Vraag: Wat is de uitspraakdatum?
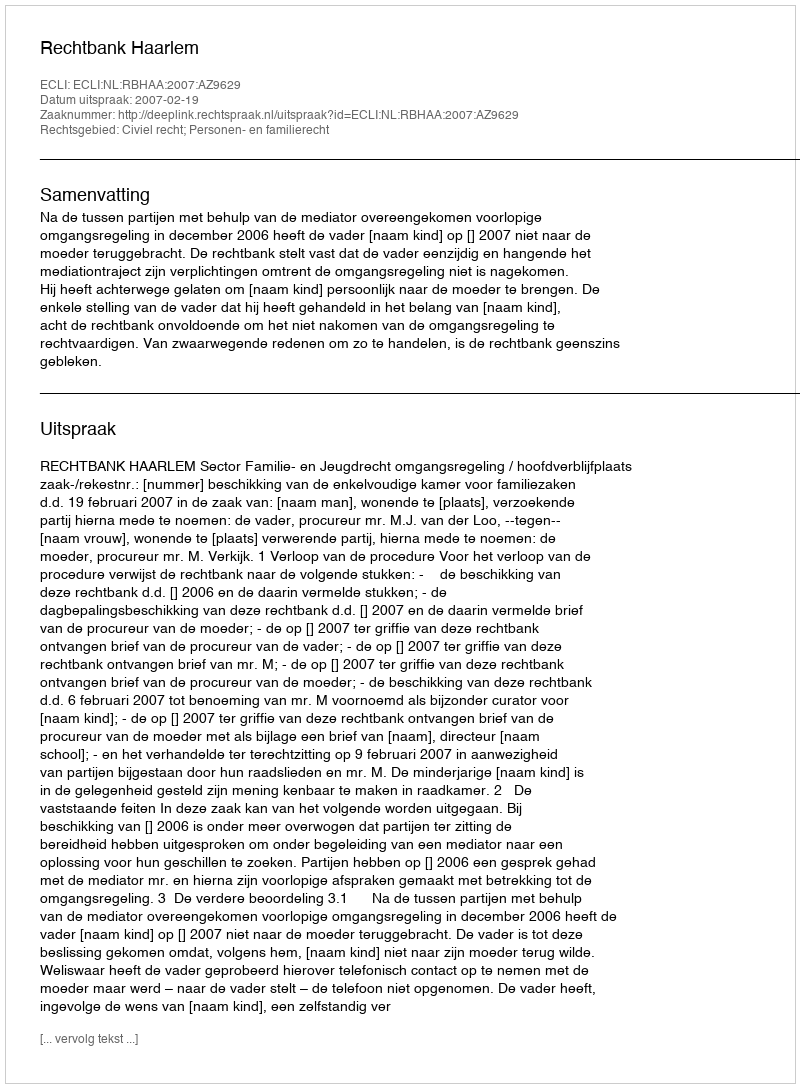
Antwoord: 2007-02-19